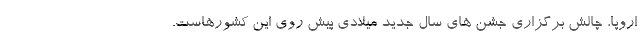
اروپا، چالش برگزاری جشن های سال جدید میلادی پیش روی این کشورهاست.